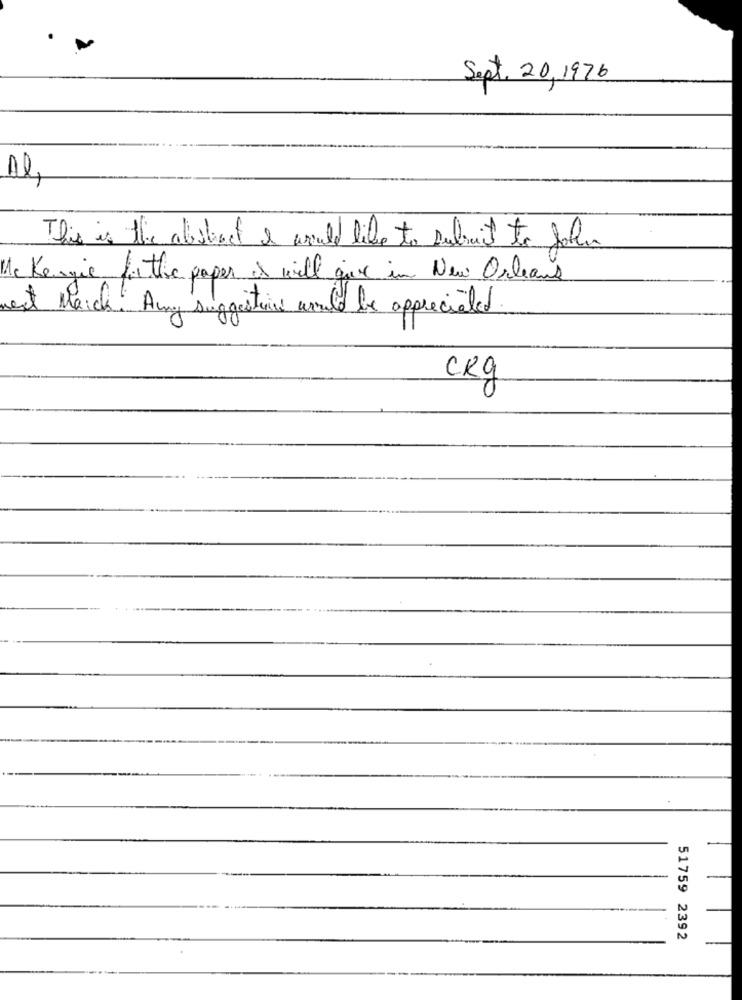
Sept. 20,1976
Al
This is the abstract I would like to submit to John
Me Kengie forthe paper i will give in New Orleans
west March. Any suggestions would be appreciated
CK9
51759 2392